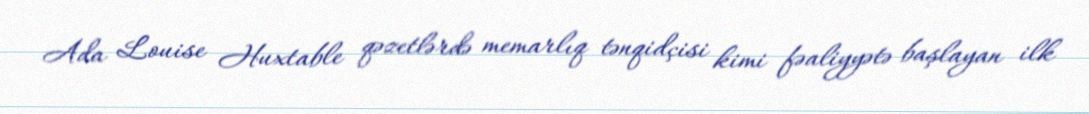
Ada Louise Huxtable qəzetlərdə memarlıq tənqidçisi kimi fəaliyyətə başlayan ilk